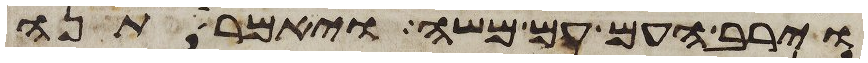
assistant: וירב העם עם משה ויאמר תנה